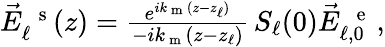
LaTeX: \begin{array}{r}{\vec{E}_{\ell}^{\mathrm{~\, ~s~}}(z)=\frac{e^{ik_{\mathrm{~m~}}(z-z_{\ell})}}{-ik_{\mathrm{~m~}}(z-z_{\ell})}\, S_{\ell}(0)\vec{E}_{\ell,0}^{\mathrm{~\, ~e~}}\, \! \! \, \! \, \, \! \, \, \! \! \, \! \, \, \! \! \, \! \! \, \! \, \, \! \! \, \! \! \, \! \, \, \! \, \, \! \! \, \! \, \, \! \! \, \! \! \, \! \, \, \! \, \, \! \! \, \! \, \, \! \, \, \! \! \, \! \, \, \! \! \, \! \! \, \! \, \, \! \, \, \! \! \, \! \, \, \! \, \, \! \! ,}\end{array}